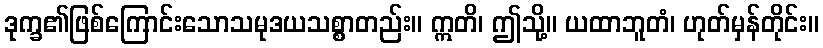
ဒုက္ခ၏ဖြစ်ကြောင်းသောသမုဒယသစ္စာတည်း။ ဣတိ၊ ဤသို့။ ယထာဘူတံ၊ ဟုတ်မှန်တိုင်း။